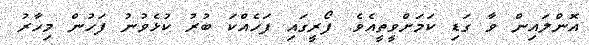
އޮންލައިން ވާ ގަޑި ކަމަށްވީތީއެވެ. ފޯރީގައި ފަހެއްކަ ބުރު ކުޅެވުނު ފަހުން މިހާރު